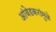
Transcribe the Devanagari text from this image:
आंबेडकरांमुळे